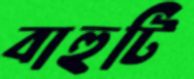
বাহুটি